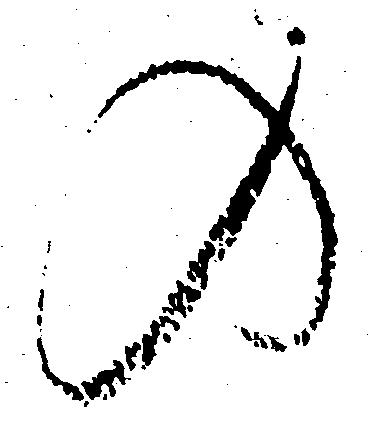
の